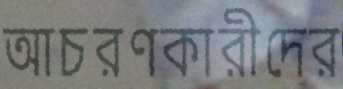
আচরণকারীদের